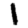
Digit: 1